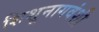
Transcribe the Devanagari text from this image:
शिशूनागवंशी